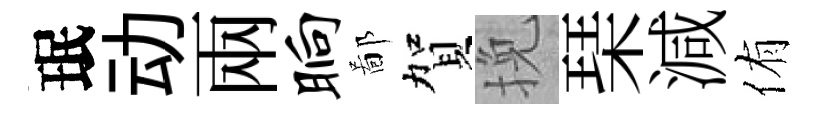
珉动兩晌鄙賀挽琹減侑